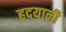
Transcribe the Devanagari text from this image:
हदयानी